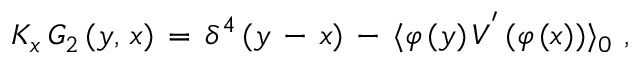
K _ { x } \, G _ { 2 } \, ( y , \, x ) \, = \, \delta ^ { 4 } \, ( y \, - \, x ) \, - \, \langle \varphi \, ( y ) \, V ^ { ' } \, ( \varphi \, ( x ) ) \rangle _ { 0 } \, \, ,